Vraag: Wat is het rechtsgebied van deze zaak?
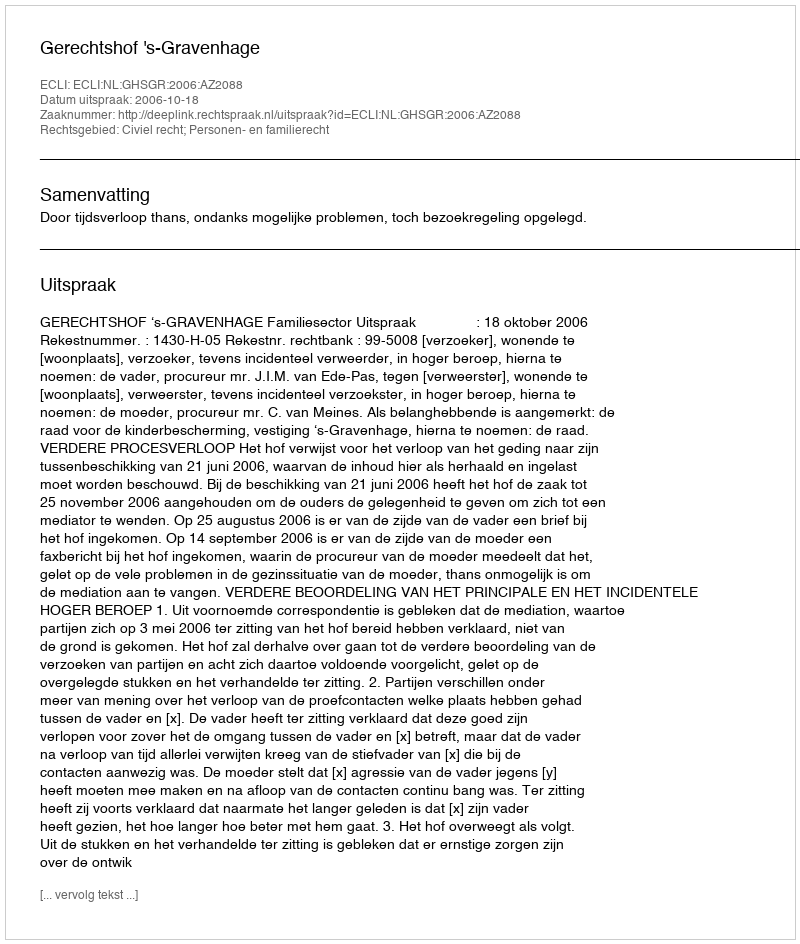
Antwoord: Civiel recht; Personen- en familierecht